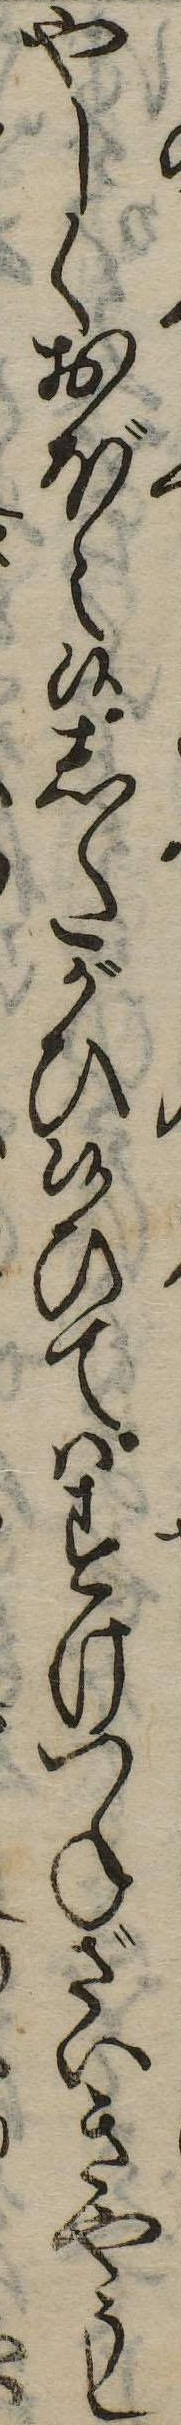
やしくおぼえ候したがひ候ひてはすけつねざいきやうし